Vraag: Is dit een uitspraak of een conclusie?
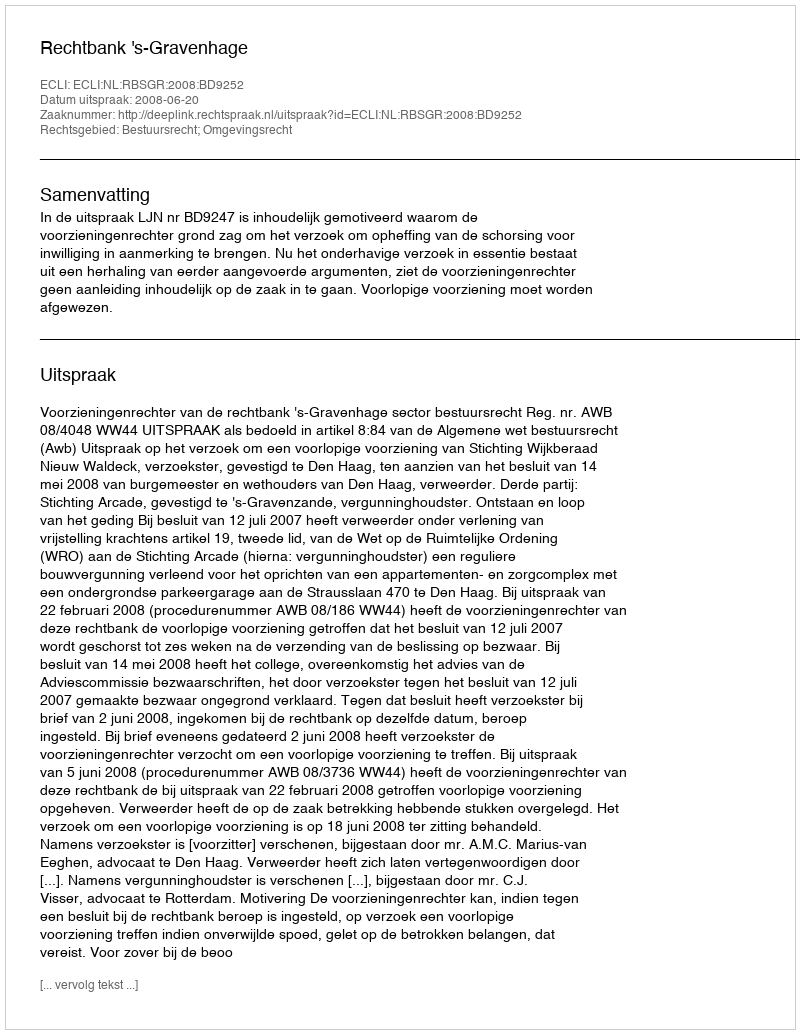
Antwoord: Uitspraak